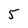
Character: 5